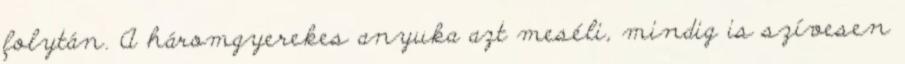
folytán. A háromgyerekes anyuka azt meséli, mindig is szívesen